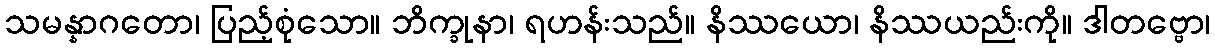
သမန္နာဂတော၊ ပြည့်စုံသော။ ဘိက္ခုနာ၊ ရဟန်းသည်။ နိဿယော၊ နိဿယည်းကို။ ဒါတဗ္ဗော၊